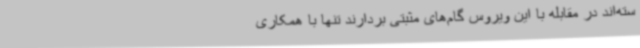
سته‌اند در مقابله با این ویروس گام‌های مثبتی بردارند تنها با همکاری